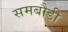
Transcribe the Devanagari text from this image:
समबौडी